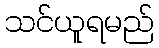
သင်ယူရမည်